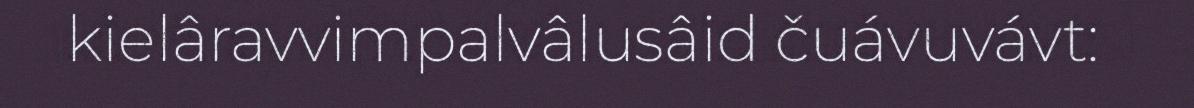
kielâravvimpalvâlusâid čuávuvávt: